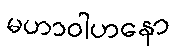
မဟာဝါဟနော